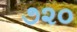
૭૨૦